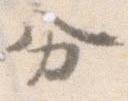
分